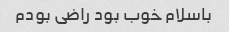
باسلام خوب بود راضی بودم